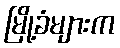
မြို့ခံများက